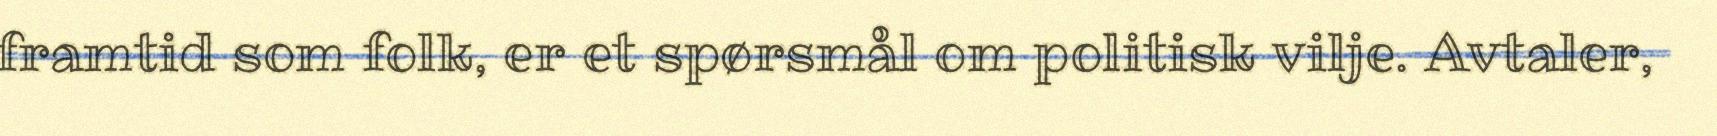
framtid som folk, er et spørsmål om politisk vilje. Avtaler,